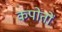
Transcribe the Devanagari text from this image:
कपोतों